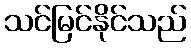
သင်မြင်နိုင်သည်